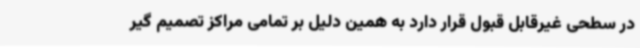
در سطحی غیرقابل قبول قرار دارد به همین دلیل بر تمامی مراکز تصمیم گیر